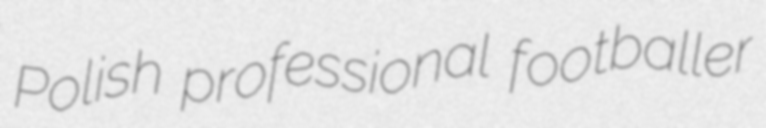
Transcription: Polish professional footballer